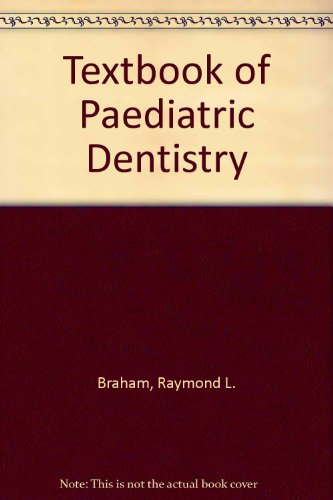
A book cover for Textbook of Pediatric Dentistry; Raymond Braham; Medical Books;